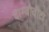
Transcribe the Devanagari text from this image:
दाम्बोवीटा